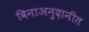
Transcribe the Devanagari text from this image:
विनाअनुदानीत